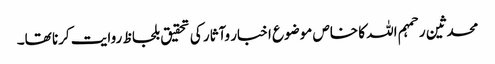
محدثین رحمہم اللہ کا خاص موضوع اخبار وآثار کی تحقیق بلحاظ روایت کرنا تھا۔